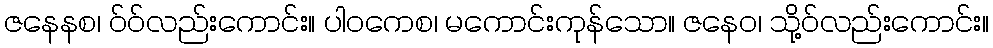
ဇနေနစ၊ ဝ်ဝ်လည်းကောင်း။ ပါဝကေစ၊ မကောင်းကုန်သော။ ဇနေဝ၊ သို့ဝ်လည်းကောင်း။